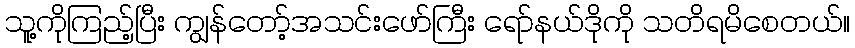
သူ့ကိုကြည့်ပြီး ကျွန်တော့်အသင်းဖော်ကြီး ရော်နယ်ဒိုကို သတိရမိစေတယ်။